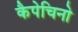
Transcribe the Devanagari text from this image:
कैपेचिनो